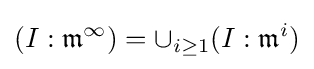
(I:{\mathfrak {m}}^{\infty })=\cup _{i\geq 1}(I:{\mathfrak {m}}^{i})